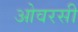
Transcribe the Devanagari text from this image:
ओवरसी